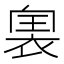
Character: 𧚡